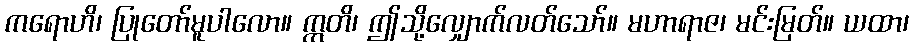
ကရောဟိ၊ ပြုတော်မူပါလော။ ဣတိ၊ ဤသို့လျှောက်လတ်သော်။ မဟာရာဇ၊ မင်းမြတ်။ ယထာ၊